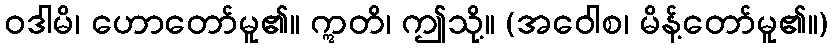
ဝဒါမိ၊ ဟောတော်မူ၏။ ဣတိ၊ ဤသို့။ (အဝေါစ၊ မိန့်တော်မူ၏။)